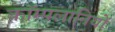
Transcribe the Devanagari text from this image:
कॉम्पलानियों